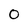
Character: O